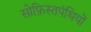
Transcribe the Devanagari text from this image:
सोफ़िस्तपंथियों